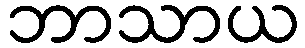
ဘာသာယ